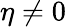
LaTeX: \eta\neq 0